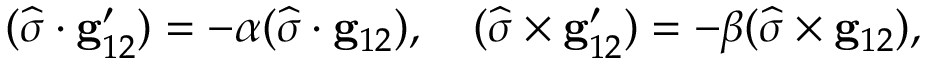
( \widehat { \boldsymbol { \sigma } } \cdot \mathbf { g } _ { 1 2 } ^ { \prime } ) = - \alpha ( \widehat { \boldsymbol { \sigma } } \cdot \mathbf { g } _ { 1 2 } ) , \quad ( \widehat { \boldsymbol { \sigma } } \times \mathbf { g } _ { 1 2 } ^ { \prime } ) = - \beta ( \widehat { \boldsymbol { \sigma } } \times \mathbf { g } _ { 1 2 } ) ,